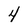
Character: 4